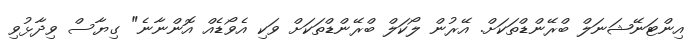
އިންޓަނޭޝަނަލް ބްރޭންޑްތަކަށް. އޭރުން ލޯކަލް ބްރޭންޑްތަކަށް ވަކި އެވޯޑެއް އޮންނާނެ" ގިޔާސް ވިދާޅުވި